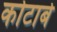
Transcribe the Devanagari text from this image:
कोटाबे